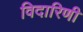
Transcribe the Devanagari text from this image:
विदारिणी